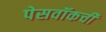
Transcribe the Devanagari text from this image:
पेसवॉकची